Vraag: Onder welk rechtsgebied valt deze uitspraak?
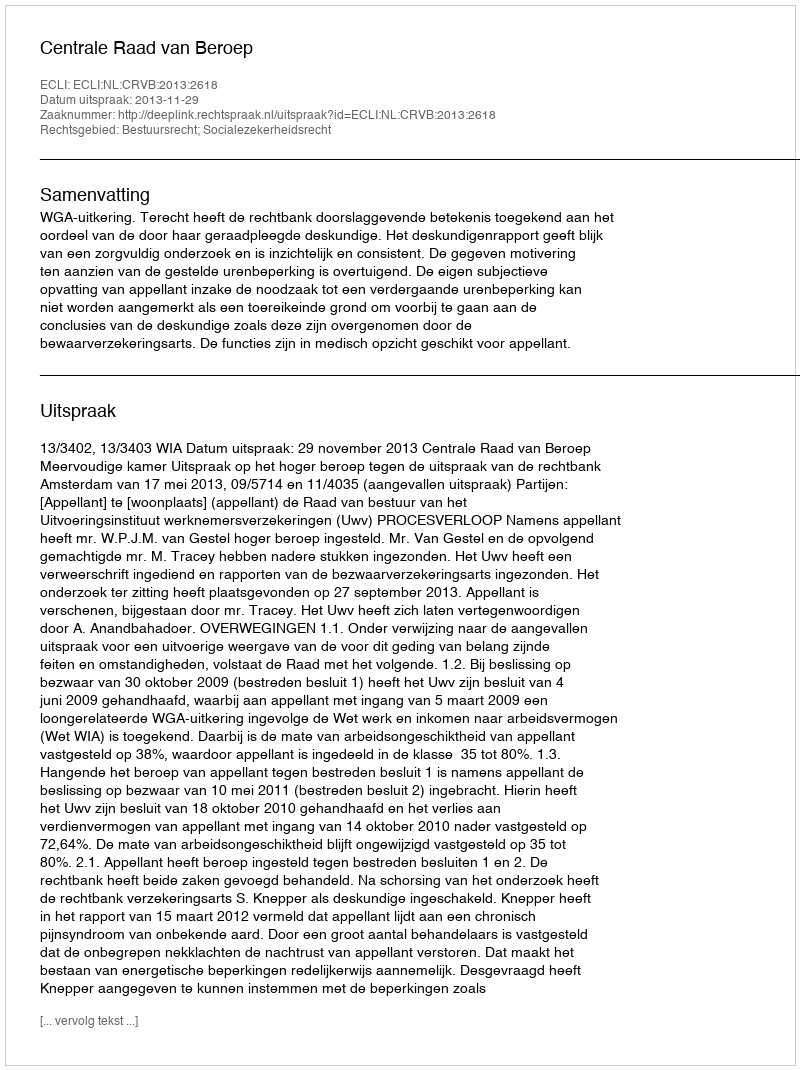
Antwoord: Bestuursrecht; Socialezekerheidsrecht